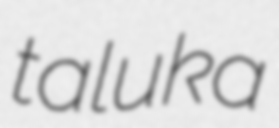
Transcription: taluka